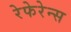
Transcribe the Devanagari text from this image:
रेफेरेन्‍स